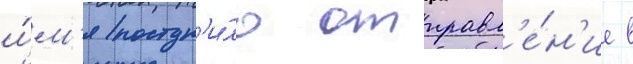
и́м'я поступ'и́ло отправл'е́н'ие в